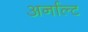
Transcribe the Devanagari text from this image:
अर्नाल्ट